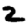
Digit: 2